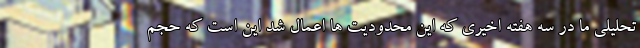
تحلیلی ما در سه هفته اخیری که این محدودیت ها اعمال شد این است که حجم